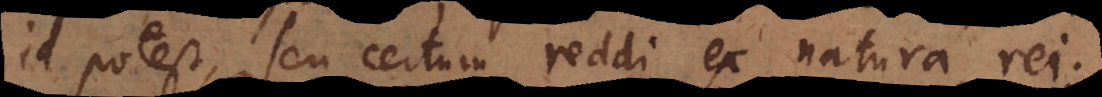
id potest, seu certum reddi ex natura rei.